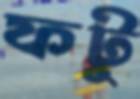
ফটু